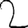
Digit: 2